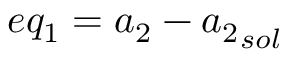
e q _ { 1 } = { a _ { 2 } } - { a _ { 2 } } _ { s o l }